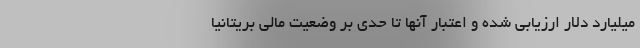
میلیارد دلار ارزیابی شده و اعتبار آنها تا حدی بر وضعیت مالی بریتانیا